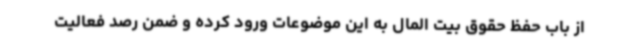
از باب حفظ حقوق بیت المال به این موضوعات ورود کرده و ضمن رصد فعالیت